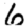
Digit: 6